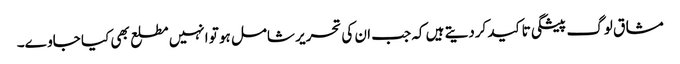
مشاق لوگ پیشگی تاکید کردیتے ہیں کہ جب ان کی تحریر شامل ہو تو انہیں مطلع بھی کیا جاوے۔